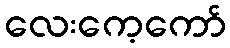
လေးကေ့ကော်